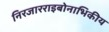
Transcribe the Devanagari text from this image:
निरजारराइबोनाभिकीय